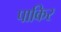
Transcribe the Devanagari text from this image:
पाकिर